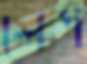
লেগ